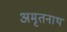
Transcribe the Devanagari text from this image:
अमृतनाथ